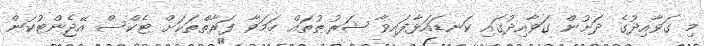
މި ގަވާއިދުގެ ދަށުން ގަވާއިދުގައި ކަނޑައަޅާފައިވާ ޝަރުޠުތައް ހަމަވާ ފަރާތްތަކަށް ޓެކްސް އޭޖެންޓުކަން